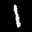
Label: 1